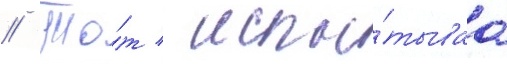
// То́т / испы́тываа